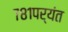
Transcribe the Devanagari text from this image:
७८१पर्यंत